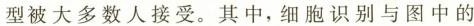
型被大多数人接受。其中，细胞识别与图中的